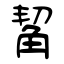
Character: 觢